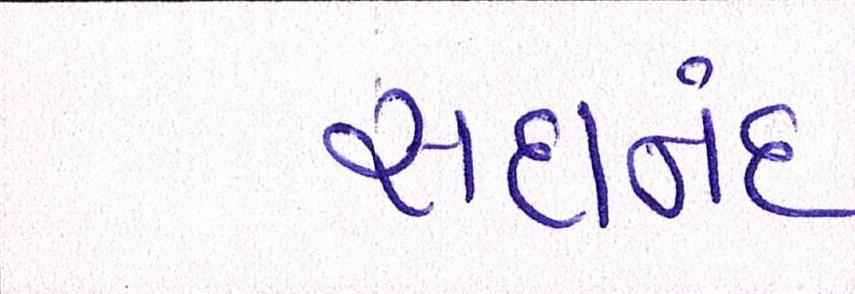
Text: સદાનંદ